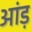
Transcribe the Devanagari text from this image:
आंड़